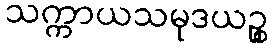
သက္ကာယသမုဒယဉ္စ